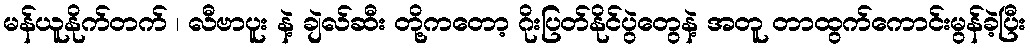
မန်ယူနိုက်တက် ၊ လီဗာပူး နဲ့ ချဲလ်ဆီး တို့ကတော့ ဂိုးပြတ်နိုင်ပွဲတွေနဲ့ အတူ တာထွက်ကောင်းမွန်ခဲ့ပြီး